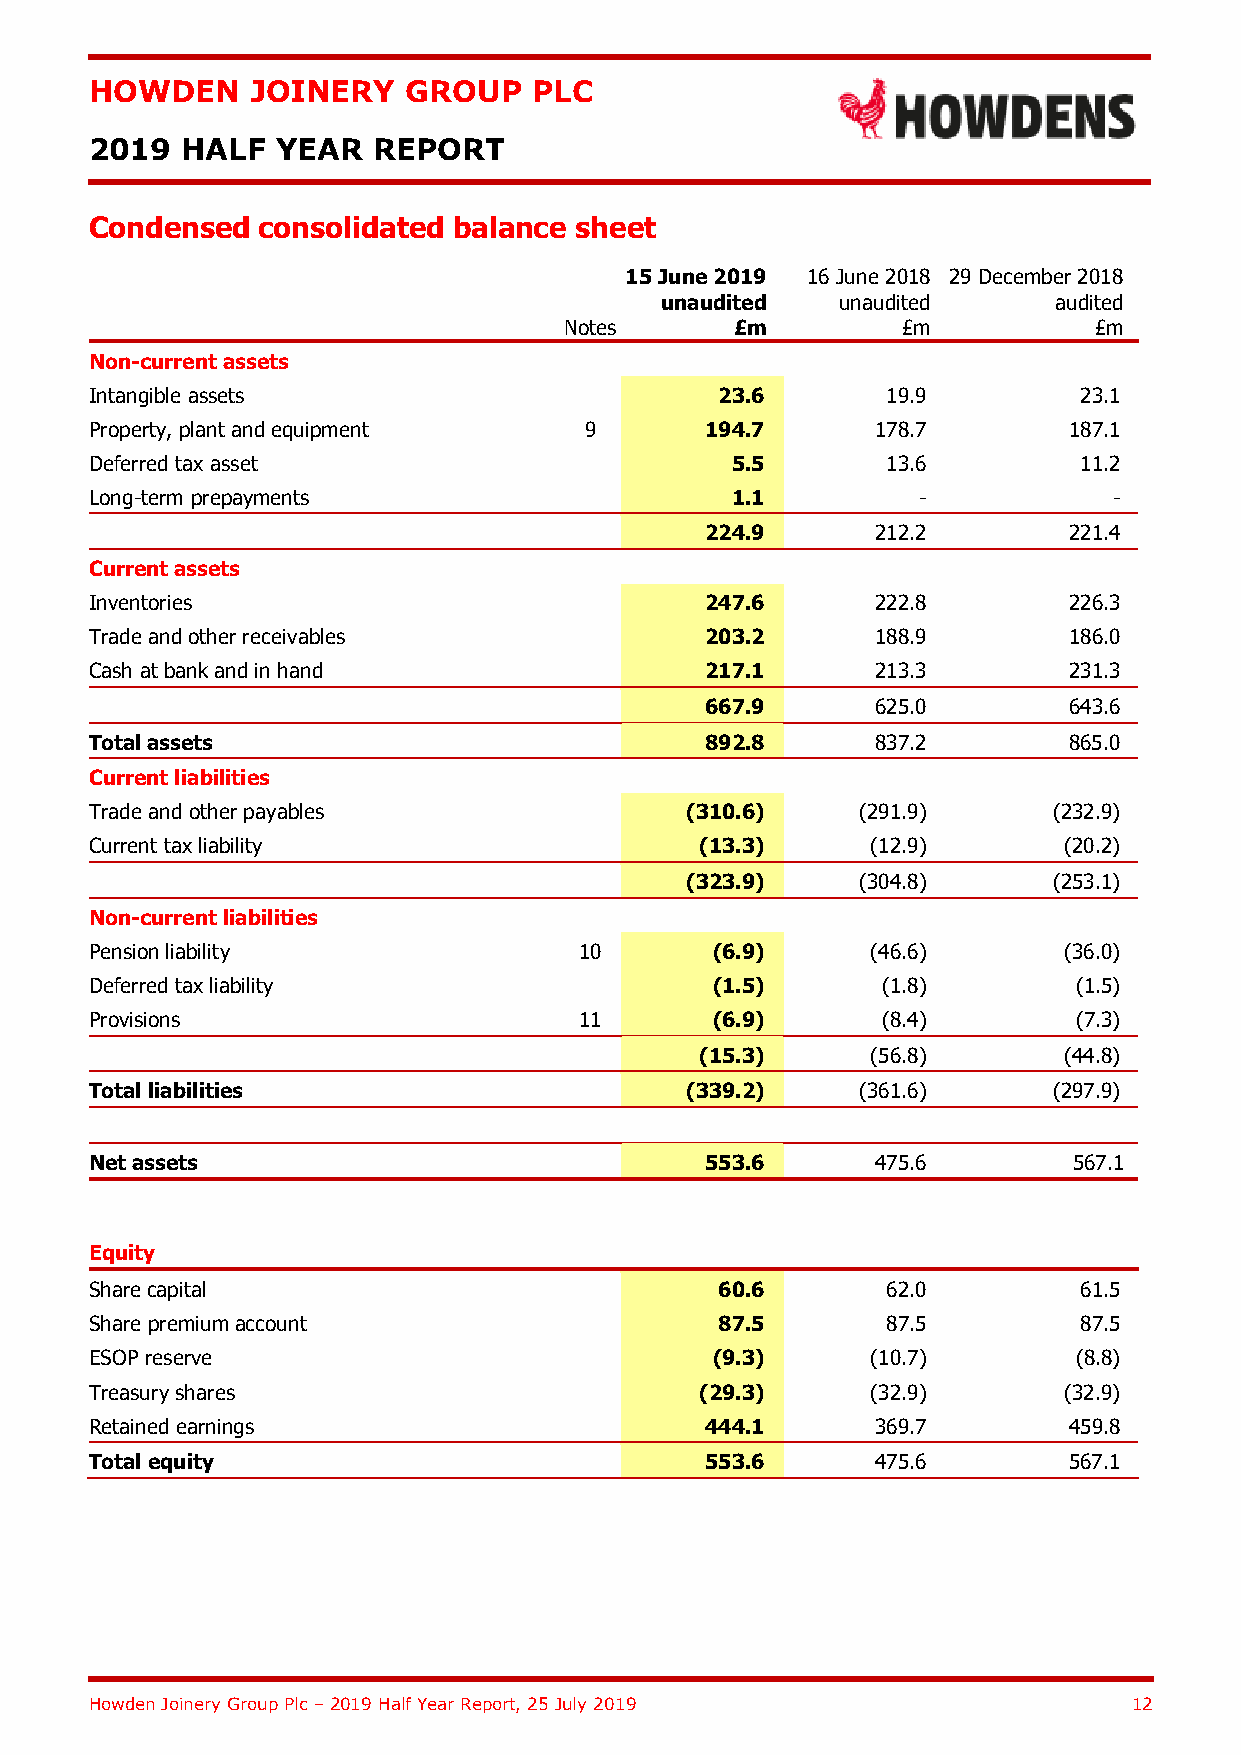
HOWDEN     JOINERY   GROUP   PLC
 2019  HALF  YEAR   REPORT
 Condensed  consolidated balance sheet
 15 June 2019 16 June 2018 29 December 2018
 unaudited   unaudited     audited
 Notes       £m         £m          £m
 Non-current assets
 Intangible assets                         23.6       19.9        23.1
 Property, plant and equipment    9       194.7      178.7        187.1
 Deferred tax asset                        5.5        13.6        11.2
 Long-term prepayments                     1.1          -            -
 224.9      212.2        221.4
 Current assets
 Inventories                              247.6      222.8        226.3
 Trade and other receivables              203.2      188.9        186.0
 Cash at bank and in hand                 217.1      213.3        231.3
 667.9      625.0        643.6
 Total assets                             892.8      837.2        865.0
 Current liabilities
 Trade and other payables               (310.6)     (291.9)      (232.9)
 Current tax liability                   (13.3)      (12.9)      (20.2)
 (323.9)     (304.8)      (253.1)
 Non-current liabilities
 Pension liability               10       (6.9)      (46.6)      (36.0)
 Deferred tax liability                   (1.5)      (1.8)        (1.5)
 Provisions                      11       (6.9)      (8.4)        (7.3)
 (15.3)      (56.8)      (44.8)
 Total liabilities                      (339.2)     (361.6)      (297.9)
 Net assets                               553.6      475.6        567.1
 Equity
 Share capital                             60.6       62.0        61.5
 Share premium account                     87.5       87.5        87.5
 ESOP reserve                             (9.3)      (10.7)       (8.8)
 Treasury shares                         (29.3)      (32.9)      (32.9)
 Retained earnings                        444.1      369.7        459.8
 Total equity                             553.6      475.6        567.1
 Howden Joinery Group Plc – 2019 Half Year Report, 25 July 2019       12